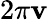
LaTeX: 2\pi\mathbf{v}